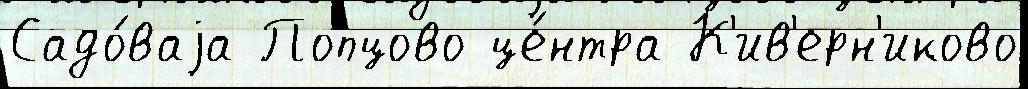
Садо́ваjа Попцово це́нтра К'ив'ерн'иково